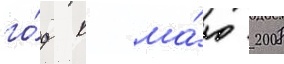
го́д к ма́ю 2008